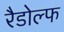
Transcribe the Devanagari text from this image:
रैडोल्फ